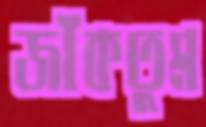
জাঁকতুম